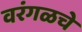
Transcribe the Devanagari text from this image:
वरंगळचे